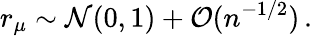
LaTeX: r_{\mu}\sim\mathcal{N}(0,1)+\mathcal{O}(n^{-1/2})\, .